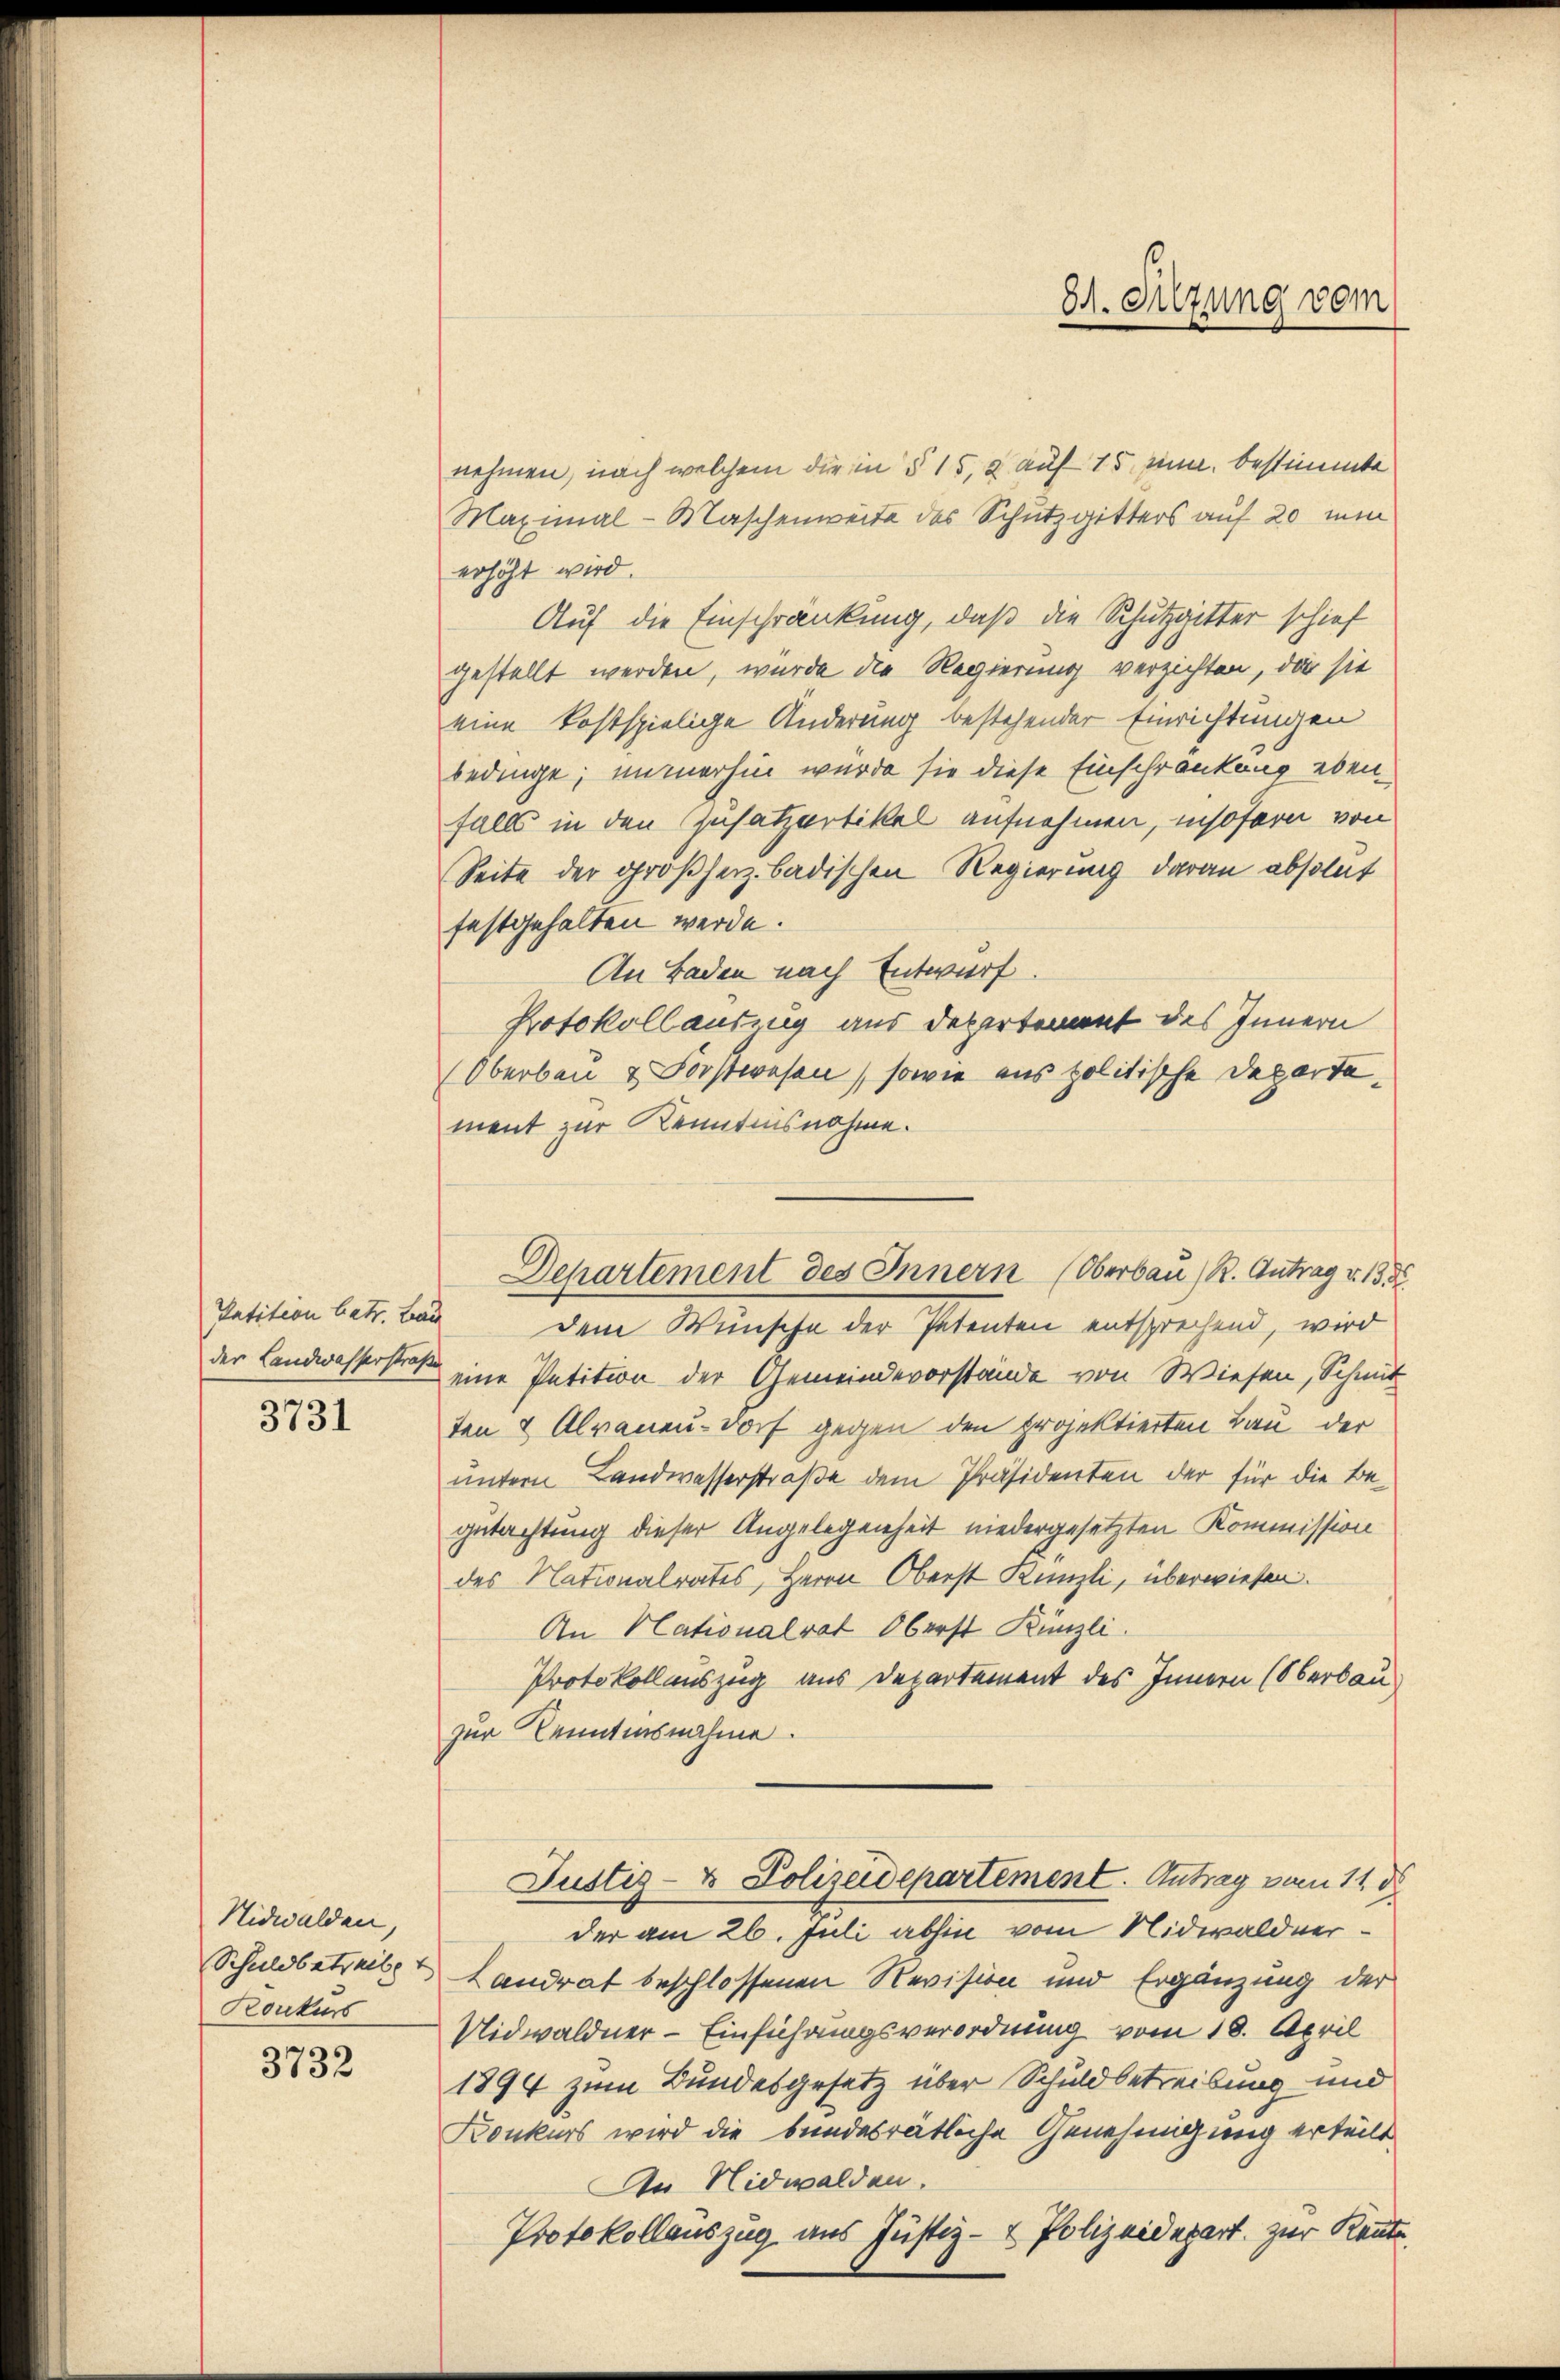
der Landwasserstraße

3731

Nidwalden,
Konkurs

3732

nehmen, nach welchem die in § 15, 2 auf 15 und bestimmte
Maximal-Maschenweite des Schutzgitters auf 20 ein
erhöht wird.
Auf die Einschränkung, daß die Schutzgitter schief
gestellt werden, wurde die Regierung verzichten, der sie
eine kostspielige Änderung bestehender Einrichtungen
bedinge, immerhin wurde sie diese Einschränkung ebenfalls in den Zusatzartikel aufnehmen, insofern von
Seite der großherz badischen Regierung daran absolut
festgehalten werde.
An Baden nach Entwurf.
Protokollauszug aus depertenant des Innern
(Oberbau & Forstwesen, sowie aus politische Departement zur Kenntnisnahme.
Iatition betr. Bau dem Wünsche der Petenten entsprechend, wird
eine Petition der Gemeindevorstände von Wiesen, Schmit
ten & Alvaneu-Dorf gegen den projektierten Bau der
untern Landwasserstraße dem Präsidenten der für die Begutachtung dieser Angelegenheit niedergesetzten Kommission
des Nationalrates, Herrn Oberst Künzli, überwiesen.
An Nationalrat Oberst Künzli.
Protokollauszug aus Departement des Innern (Oberbau
zur Kenntnisnahme.
Justiz- & Polizeidepartement. Antrag vom 11. d
der am 26. Juli abhin vom Nidwaldner¬
Schuldbetreits Landrat beschlossenen Revision und Ergänzung der
Uidwaldner - Einführungsverordnung vom 18. April
1894 zum Bundesgesetz über Schuldbetreibung und
Konkurs wird die bundesrätliche Genehmigung erteilt
An Nidwalden.
Protokollauszug aus Justiz- & Polizeidepart zur Kennte.

Departement des Innern (Oberbau) R. Antrag v. 13.

81. Sitzung vom